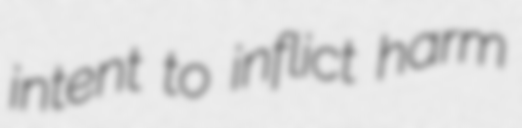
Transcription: intent to inflict harm